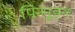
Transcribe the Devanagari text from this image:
पिन्गुइन